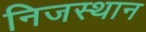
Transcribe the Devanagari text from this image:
निजस्थान